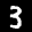
Label: 3